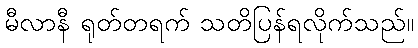
မီလာနီ ရုတ်တရက် သတိပြန်ရလိုက်သည်။